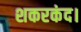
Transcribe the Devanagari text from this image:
शकरकंद।